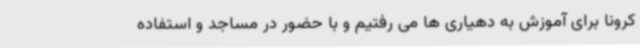
کرونا برای آموزش به دهیاری ها می رفتیم و با حضور در مساجد و استفاده